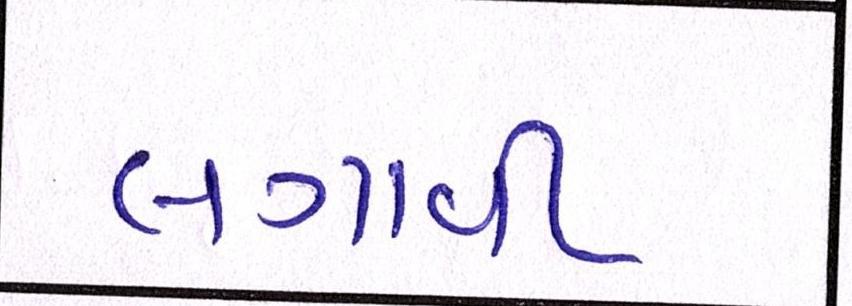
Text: લગાવી